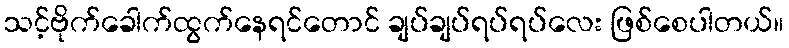
သင့်ဗိုက်ခေါက်ထွက်နေရင်တောင် ချပ်ချပ်ရပ်ရပ်လေး ဖြစ်စေပါတယ်။